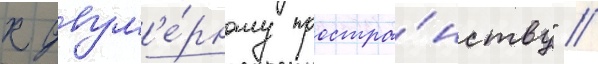
к двум'е́рному простра́нству" //